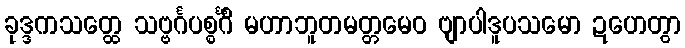
ခုဒ္ဒကသတ္ထေ သဗ္ဗင်္ဂပစ္စင်္ဂိံ မဟာဘူတမတ္တမေဝ ဗျာပါဒူပသမော ဍဟေတွာ